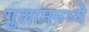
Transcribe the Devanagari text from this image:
गुलाममध्ये